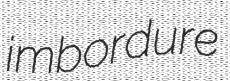
imbordure